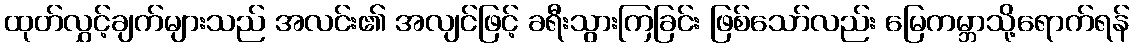
ထုတ်လွှင့်ချက်များသည် အလင်း၏ အလျင်ဖြင့် ခရီးသွားကြခြင်း ဖြစ်သော်လည်း မြေကမ္ဘာသို့ရောက်ရန်